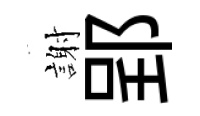
謝郢